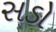
સડો